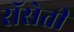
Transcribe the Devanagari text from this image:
रॉसेती